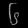
Digit: ၆